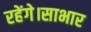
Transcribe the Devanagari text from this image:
रहेंगे।साभार